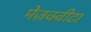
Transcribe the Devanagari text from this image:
मेज़क्वीटा